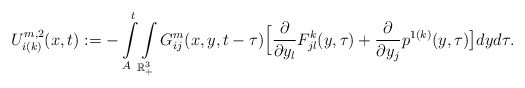
\begin{align*}U_{i(k)}^{m,2}(x,t):= -\int\limits^t_{A}\int\limits_{\mathbb{R}^{3}_{+}}G_{ij}^{m}(x,y,t-\tau)\Big[\frac{\partial}{\partial y_{l}}F^{k}_{jl}(y,\tau)+\frac{\partial}{\partial{y_j}}p^{1(k)}(y,\tau)\big]dyd\tau.\end{align*}